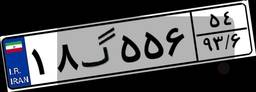
۷۹گ۹۲۶۹۵